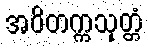
အဝိတက္ကသုတ္တံ